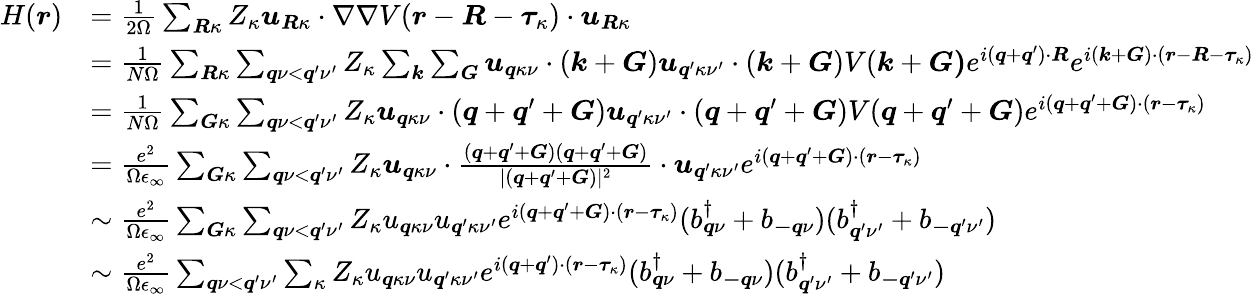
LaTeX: \begin{array}{rl}{H(\boldsymbol{r})}&{=\frac{1}{2\Omega}\sum_{\boldsymbol{R}\kappa}Z_{\kappa}\boldsymbol{u}_{\boldsymbol{R}\kappa}\cdot\nabla\nabla V(\boldsymbol{r}-\boldsymbol{R}-\boldsymbol{\tau}_{\kappa})\cdot\boldsymbol{u}_{\boldsymbol{R}\kappa}}\\ &{=\frac{1}{N\Omega}\sum_{\boldsymbol{R}\kappa}\sum_{\boldsymbol{q}\nu<\boldsymbol{q}^{\prime}\nu^{\prime}}Z_{\kappa}\sum_{\boldsymbol{k}}\sum_{\boldsymbol{G}}\boldsymbol{u}_{\boldsymbol{q}\kappa\nu}\cdot(\boldsymbol{k}+\boldsymbol{G})\boldsymbol{u}_{\boldsymbol{q}^{\prime}\kappa\nu^{\prime}}\cdot(\boldsymbol{k}+\boldsymbol{G})V(\boldsymbol{k}+\boldsymbol{G)}e^{i(\boldsymbol{q}+\boldsymbol{q}^{\prime})\cdot\boldsymbol{R}}e^{i(\boldsymbol{k}+\boldsymbol{G})\cdot(\boldsymbol{r}-\boldsymbol{R}-\boldsymbol{\tau}_{\kappa})}}\\ &{=\frac{1}{N\Omega}\sum_{\boldsymbol{G}\kappa}\sum_{\boldsymbol{q}\nu<\boldsymbol{q}^{\prime}\nu^{\prime}}Z_{\kappa}\boldsymbol{u}_{\boldsymbol{q}\kappa\nu}\cdot(\boldsymbol{q}+\boldsymbol{q}^{\prime}+\boldsymbol{G})\boldsymbol{u}_{\boldsymbol{q}^{\prime}\kappa\nu^{\prime}}\cdot(\boldsymbol{q}+\boldsymbol{q}^{\prime}+\boldsymbol{G})V(\boldsymbol{q}+\boldsymbol{q}^{\prime}+\boldsymbol{G})e^{i(\boldsymbol{q}+\boldsymbol{q}^{\prime}+\boldsymbol{G})\cdot(\boldsymbol{r}-\boldsymbol{\tau}_{\kappa})}}\\ &{=\frac{e^{2}}{\Omega\epsilon_{\infty}}\sum_{\boldsymbol{G}\kappa}\sum_{\boldsymbol{q}\nu<\boldsymbol{q}^{\prime}\nu^{\prime}}Z_{\kappa}\boldsymbol{u}_{\boldsymbol{q}\kappa\nu}\cdot\frac{(\boldsymbol{q}+\boldsymbol{q}^{\prime}+\boldsymbol{G})(\boldsymbol{q}+\boldsymbol{q}^{\prime}+\boldsymbol{G})}{|(\boldsymbol{q}+\boldsymbol{q}^{\prime}+\boldsymbol{G})|^{2}}\cdot\boldsymbol{u}_{\boldsymbol{q}^{\prime}\kappa\nu^{\prime}}e^{i(\boldsymbol{q}+\boldsymbol{q}^{\prime}+\boldsymbol{G})\cdot(\boldsymbol{r}-\boldsymbol{\tau}_{\kappa})}}\\ &{\sim\frac{e^{2}}{\Omega\epsilon_{\infty}}\sum_{\boldsymbol{G}\kappa}\sum_{\boldsymbol{q}\nu<\boldsymbol{q}^{\prime}\nu^{\prime}}Z_{\kappa}u_{\boldsymbol{q}\kappa\nu}u_{\boldsymbol{q}^{\prime}\kappa\nu^{\prime}}e^{i(\boldsymbol{q}+\boldsymbol{q}^{\prime}+\boldsymbol{G})\cdot(\boldsymbol{r}-\boldsymbol{\tau}_{\kappa})}(b_{\boldsymbol{q}\nu}^{\dagger}+b_{\boldsymbol{-q}\nu})(b_{\boldsymbol{q}^{\prime}\nu^{\prime}}^{\dagger}+b_{\boldsymbol{-q}^{\prime}\nu^{\prime}})}\\ &{\sim\frac{e^{2}}{\Omega\epsilon_{\infty}}\sum_{\boldsymbol{q}\nu<\boldsymbol{q}^{\prime}\nu^{\prime}}\sum_{\kappa}Z_{\kappa}u_{\boldsymbol{q}\kappa\nu}u_{\boldsymbol{q}^{\prime}\kappa\nu^{\prime}}e^{i(\boldsymbol{q}+\boldsymbol{q}^{\prime})\cdot(\boldsymbol{r}-\boldsymbol{\tau}_{\kappa})}(b_{\boldsymbol{q}\nu}^{\dagger}+b_{\boldsymbol{-q}\nu})(b_{\boldsymbol{q}^{\prime}\nu^{\prime}}^{\dagger}+b_{\boldsymbol{-q}^{\prime}\nu^{\prime}})}\end{array}